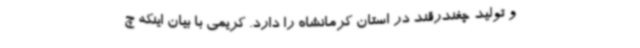
و تولید چغندرقند در استان کرمانشاه را دارد. کریمی با بیان اینکه چ